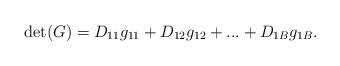
LaTeX: \begin{align*}\det (G) = {D_{11}}{g_{11}} + {D_{12}}{g_{12}} + ... + {D_{1B}}{g_{1B}}.\end{align*}